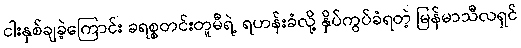
ငါးနှစ်ချခဲ့ကြောင်း ခရစ္စတင်းတူမီရဲ့ ရဟန်းခံလို့ နှိပ်ကွပ်ခံရတဲ့ မြန်မာသီလရှင်